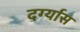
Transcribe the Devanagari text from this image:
दर्ग्यास